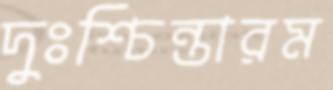
দুঃশ্চিন্তারম